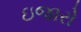
ઇજારો